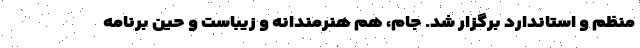
منظم و استاندارد برگزار شد. جام، هم هنرمندانه و زیباست و حین برنامه